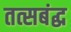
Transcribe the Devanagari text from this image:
तत्सबंद्ध